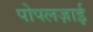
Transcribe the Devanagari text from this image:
पोपलज़ाई